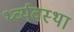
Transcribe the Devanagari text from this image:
र्थ्व्यवस्था